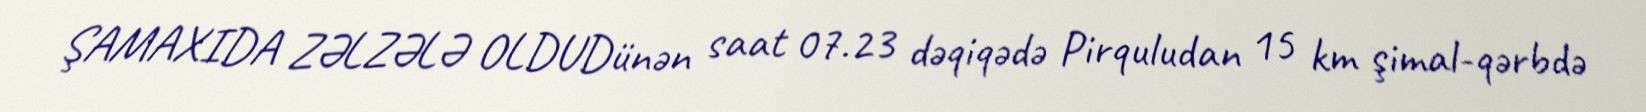
ŞAMAXIDA ZƏLZƏLƏ OLDUDünən saat 07.23 dəqiqədə Pirquludan 15 km şimal-qərbdə